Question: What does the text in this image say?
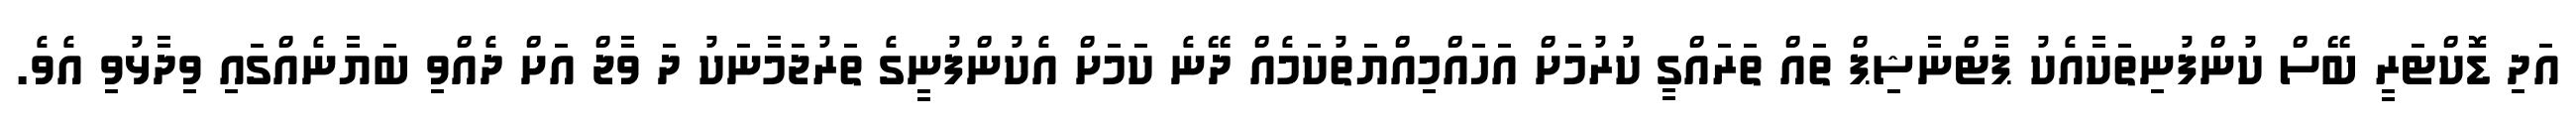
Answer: އަދި ޑޮކްޓަރީ ބޭސް ކުންފުނިތަކާއެކު ޕާޓްނާޝިޕް ތައް ތަރައްގީ ކުރުމަށް އަހައްމިއްޔަތުކަމެއް ދޭނެ ކަމަށް އެކުންފުނީގެ ތަރުޖަމާނަކު ދަ ވާޖް އަށް ދެއްވި ބަޔާނެއްގައި ވިދާޅުވި އެވެ.